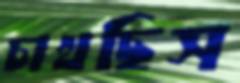
চাখছিস